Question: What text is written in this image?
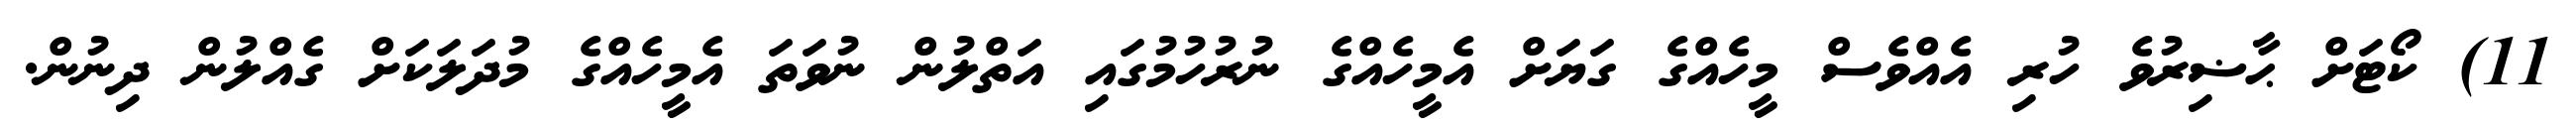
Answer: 11) ކޯޓަށް ޙާޟިރުވެ ހުރި އެއްވެސް މީހެއްގެ ގަޔަށް އެމީހެއްގެ ނުރުހުމުގައި އަތްލުން ނުވަތަ އެމީހެއްގެ މުދަލަކަށް ގެއްލުން ދިނުން.